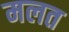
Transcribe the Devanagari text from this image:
मलत